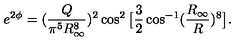
e ^ { 2 \phi } = ( { \frac { Q } { \pi ^ { 5 } R _ { \infty } ^ { 8 } } } ) ^ { 2 } \cos ^ { 2 } \big [ { \frac { 3 } { 2 } } \cos ^ { - 1 } ( { \frac { R _ { \infty } } { R } } ) ^ { 8 } \big ] .